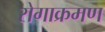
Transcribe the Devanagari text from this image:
रोगाक्रमण